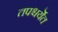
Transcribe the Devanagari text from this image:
तपश्चर्येत